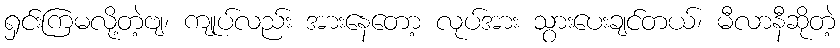
ရှင်းကြမလို့တဲ့ဗျ၊ ကျုပ်လည်း အားနေတော့ လုပ်အား သွားပေးချင်တယ်၊ မီလာနီဆိုတဲ့